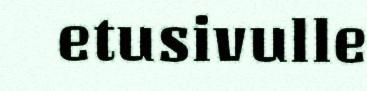
etusivulle